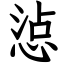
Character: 惉